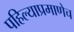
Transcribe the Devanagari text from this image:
पहिल्याप्रमाणेच